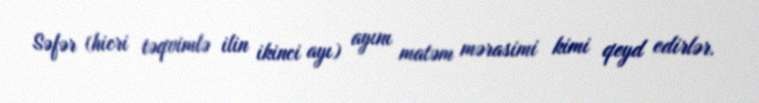
Səfər (hicri təqvimlə ilin ikinci ayı) ayını matəm mərasimi kimi qeyd edirlər.